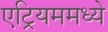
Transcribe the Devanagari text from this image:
एट्रियममध्ये